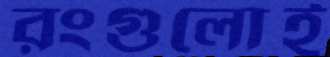
রংগুলোই